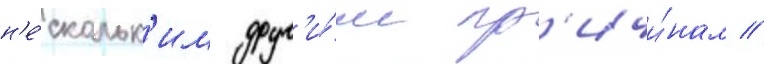
н'е́скольк'им друг'и́м пр'ичи́нам //